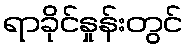
ရာခိုင်နှုန်းတွင်